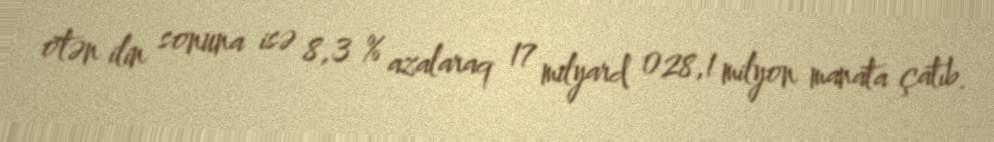
ötən ilin sonuna isə 8,3 % azalaraq 17 milyard 028,1 milyon manata çatıb.